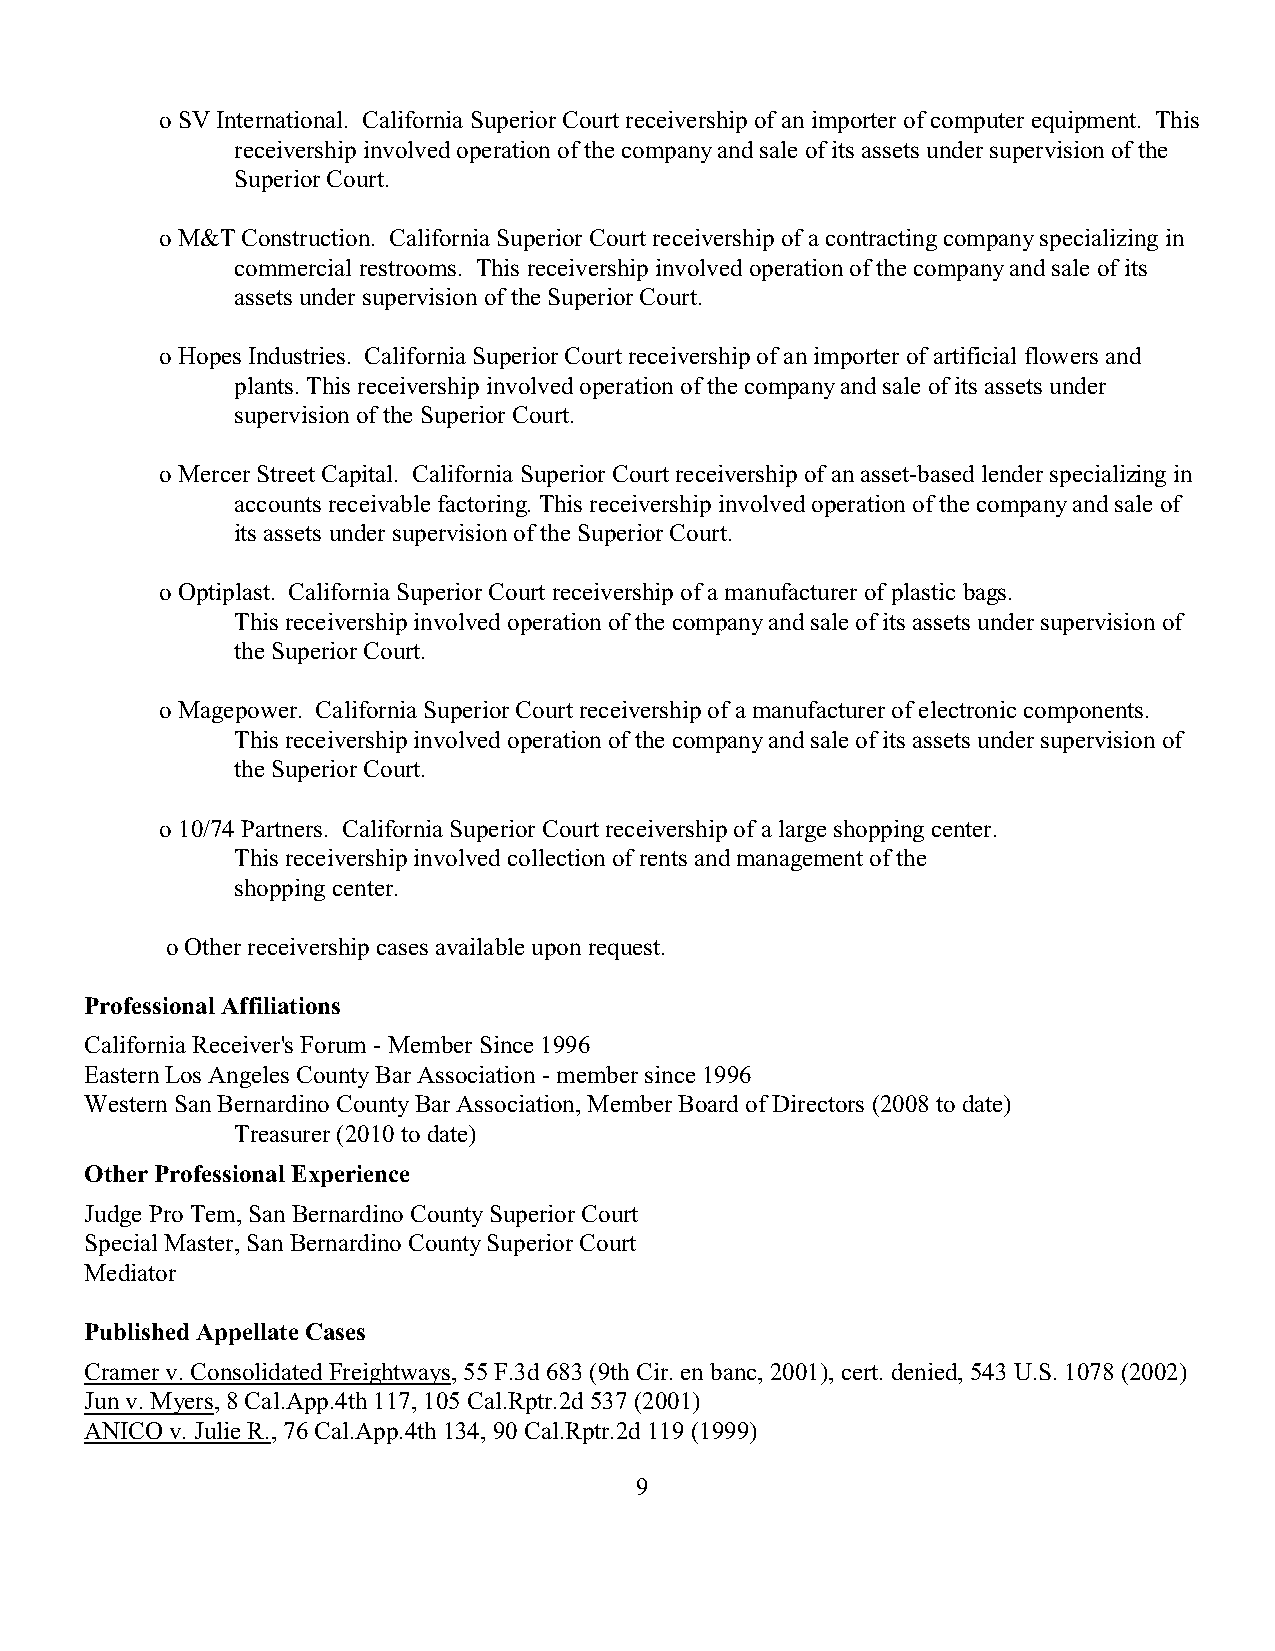
o SV International. California Superior Court receivership of an importer of computer equipment. This
 receivership involved operation of the company and sale of its assets under supervision of the
 Superior Court.
 o M&T Construction. California Superior Court receivership of a contracting company specializing in
 commercial restrooms. This receivership involved operation of the company and sale of its
 assets under supervision of the Superior Court.
 o Hopes Industries. California Superior Court receivership of an importer of artificial flowers and
 plants. This receivership involved operation of the company and sale of its assets under
 supervision of the Superior Court.
 o Mercer Street Capital. California Superior Court receivership of an asset-based lender specializing in
 accounts receivable factoring. This receivership involved operation of the company and sale of
 its assets under supervision of the Superior Court.
 o Optiplast. California Superior Court receivership of a manufacturer of plastic bags.
 This receivership involved operation of the company and sale of its assets under supervision of
 the Superior Court.
 o Magepower. California Superior Court receivership of a manufacturer of electronic components.
 This receivership involved operation of the company and sale of its assets under supervision of
 the Superior Court.
 o 10/74 Partners. California Superior Court receivership of a large shopping center.
 This receivership involved collection of rents and management of the
 shopping center.
 o Other receivership cases available upon request.
 Professional Affiliations
 California Receiver's Forum - Member Since 1996
 Eastern Los Angeles County Bar Association - member since 1996
 Western San Bernardino County Bar Association, Member Board of Directors (2008 to date)
 Treasurer (2010 to date)
 Other Professional Experience
 Judge Pro Tem, San Bernardino County Superior Court
 Special Master, San Bernardino County Superior Court
 Mediator
 Published Appellate Cases
 Cramer v. Consolidated Freightways, 55 F.3d 683 (9th Cir. en banc, 2001), cert. denied, 543 U.S. 1078 (2002)
 Jun v. Myers, 8 Cal.App.4th 117, 105 Cal.Rptr.2d 537 (2001)
 ANICO v. Julie R., 76 Cal.App.4th 134, 90 Cal.Rptr.2d 119 (1999)
 9